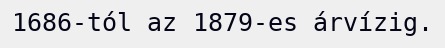
1686-tól az 1879-es árvízig.